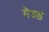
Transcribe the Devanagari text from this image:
मैश्ड